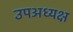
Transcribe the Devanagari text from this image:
उपअध्यक्ष